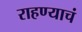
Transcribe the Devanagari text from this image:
राहण्याचं